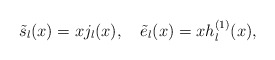
\begin{align*}\tilde s_l(x)=x j_l(x),\quad \tilde e_l(x)=xh_l^{(1)}(x),\end{align*}